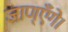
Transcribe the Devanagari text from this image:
जाण्‌एँगे।